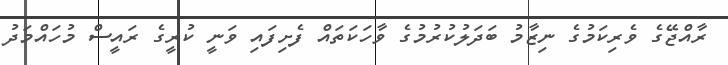
ރާއްޖޭގެ ވެރިކަމުގެ ނިޒާމު ބަދަލުކުރުމުގެ ވާހަކަތައް ފެށިފައި ވަނީ ކުރީގެ ރައީސް މުހައްމަދު